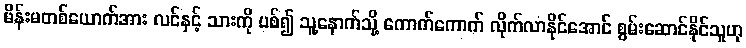
မိန်းမတစ်ယောက်အား လင်နှင့် သားကို ပစ်၍ သူ့နောက်သို့ ကောက်ကောက် လိုက်လာနိုင်အောင် စွမ်းဆောင်နိုင်သူဟု